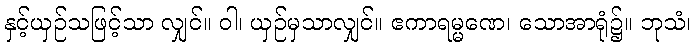
နှင့်ယှဉ်သဖြင့်သာ လျှင်။ ဝါ၊ ယှဉ်မှသာလျှင်။ ဧကာရမ္မဏေ၊ သောအာရုံ၌။ ဘုသံ၊